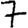
Digit: 7